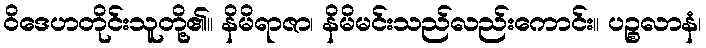
ဝိဒေဟတိုင်းသူတို့၏။ နိမိရာဇာ၊ နိမိမင်းသည်လည်းကောင်း။ ပဉ္စလာနံ၊